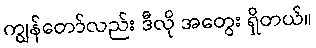
ကျွန်တော်လည်း ဒီလို အတွေး ရှိတယ်။